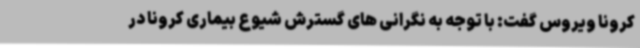
کرونا ویروس گفت: با توجه به نگرانی های گسترش شیوع بیماری کرونا در